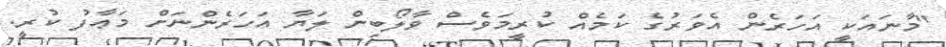
"މާނައަކީ އަހަރެން އެވަރުގެ ކަމެއް ކުރީމަވެސް ވާލޯބިން ލަޔާ އަހަރެންނަށް މަޢާފު ކުރީ.